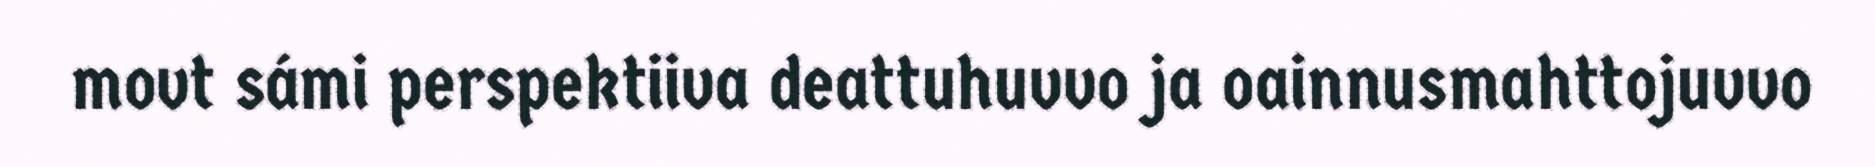
movt sámi perspektiiva deattuhuvvo ja oainnusmahttojuvvo